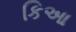
કિઆ